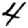
Digit: 4